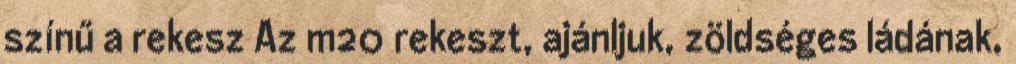
színű a rekesz Az m20 rekeszt, ajánljuk, zöldséges ládának,